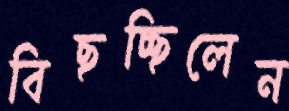
বিছচ্ছিলেন